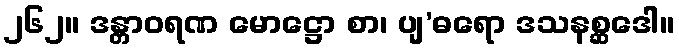
၂၆၂။ ဒန္တာဝရဏ မောဋ္ဌော စာ၊ ပျ’ဓရော ဒသနစ္ဆဒေါ။